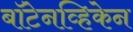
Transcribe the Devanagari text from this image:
बॉटेनव्हिकेन